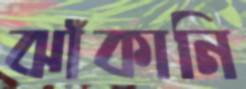
ঝাঁকানি